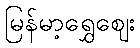
မြန်မာ့ရွှေဈေး